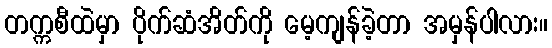
တက္ကစီထဲမှာ ပိုက်ဆံအိတ်ကို မေ့ကျန်ခဲ့တာ အမှန်ပါလား။